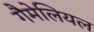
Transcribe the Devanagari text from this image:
गैमेलियल